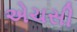
એચસી